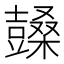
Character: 𣞙